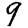
Digit: 9